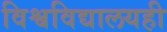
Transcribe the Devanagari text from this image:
विश्वविद्यालयही